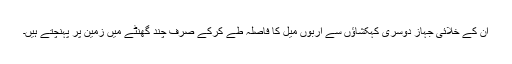
ان کے خلائی جہاز دوسری کہکشاؤں سے اربوں میل کا فاصلہ طے کرکے صرف چند گھنٹے میں زمین پر پہنچتے ہیں۔